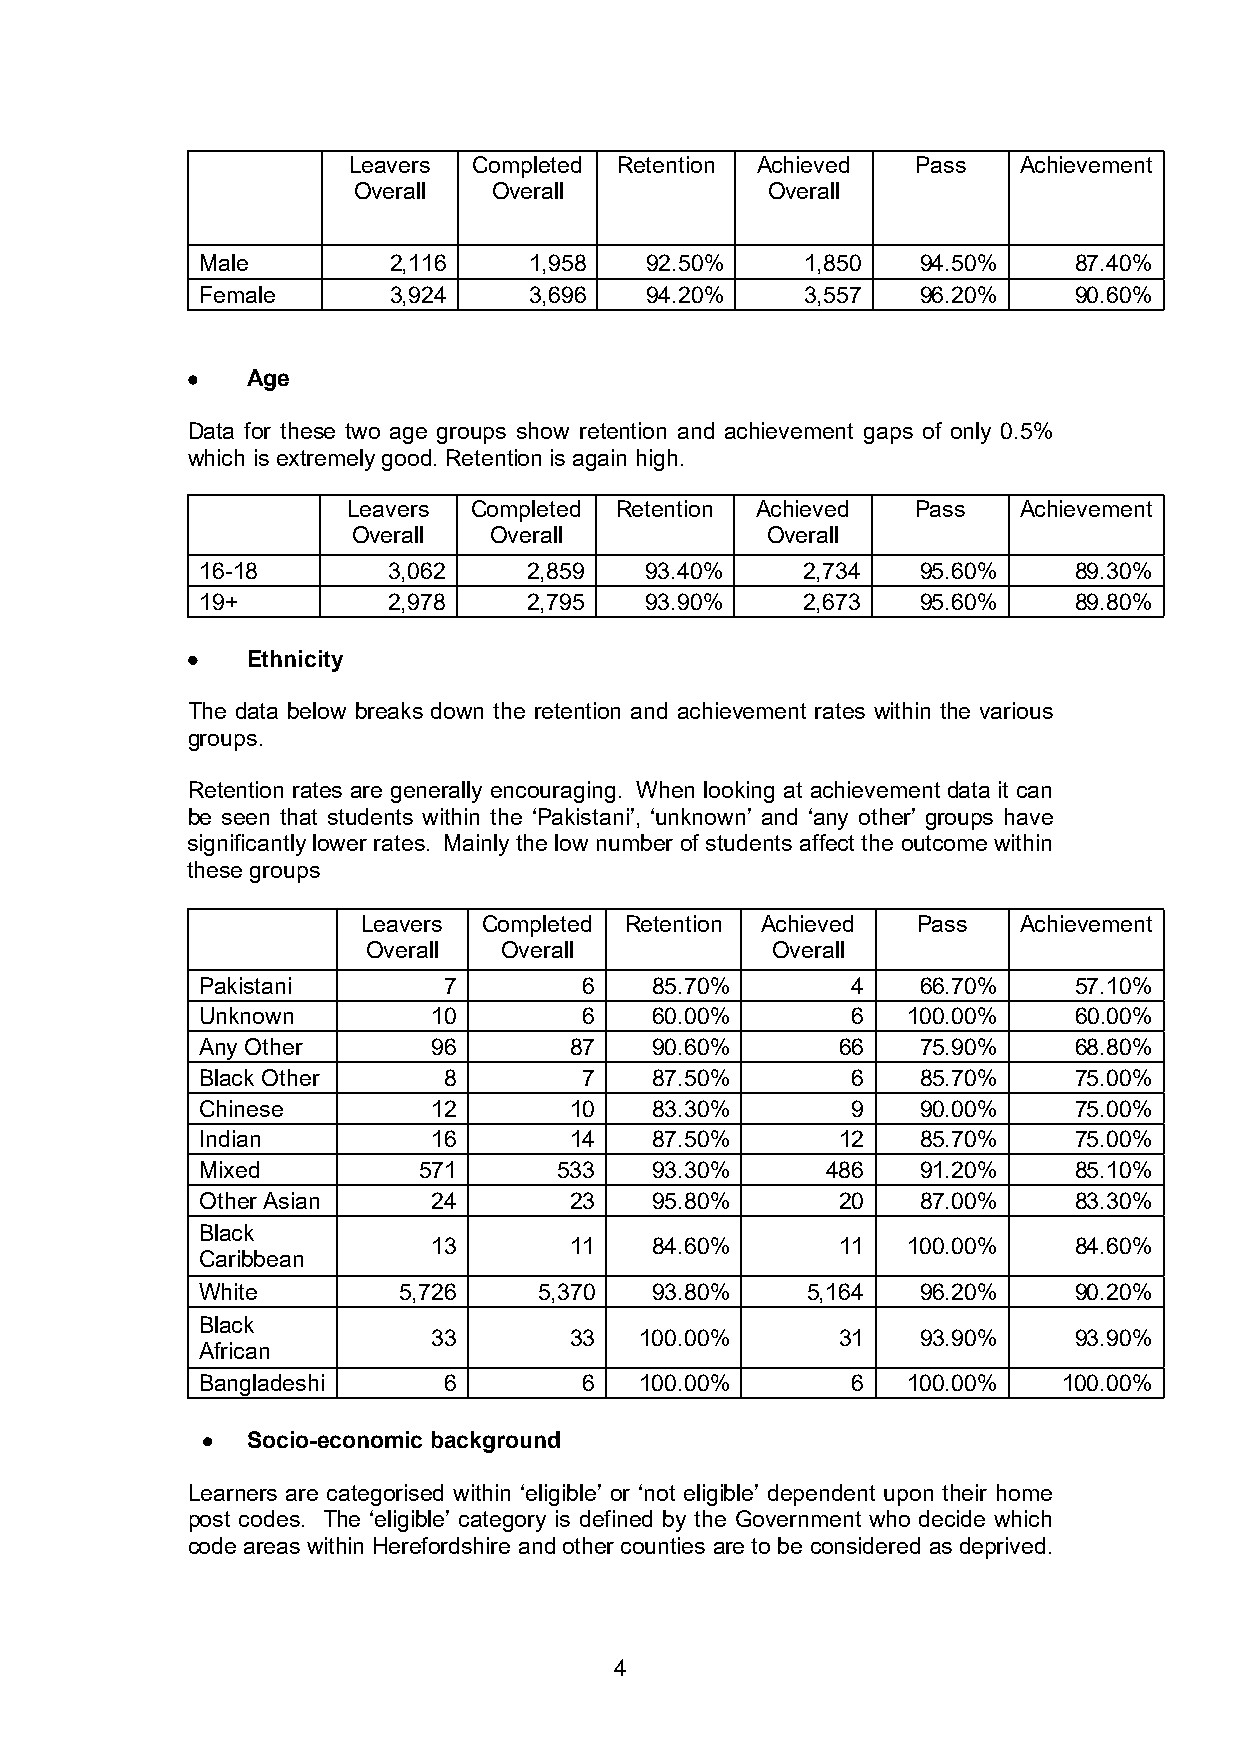
Leavers Completed Retention Achieved  Pass  Achievement
 Overall   Overall           Overall
 Male         2,116    1,958   92.50%    1,850   94.50%    87.40%
 Female       3,924    3,696   94.20%    3,557   96.20%    90.60%
 •   Age
 Data for these two age groups show retention and achievement gaps of only 0.5%
 which is extremely good. Retention is again high.
 Leavers Completed Retention Achieved  Pass  Achievement
 Overall  Overall            Overall
 16-18        3,062    2,859   93.40%    2,734   95.60%    89.30%
 19+          2,978    2,795   93.90%    2,673   95.60%    89.80%
 •   Ethnicity
 The data below breaks down the retention and achievement rates within the various
 groups.
 Retention rates are generally encouraging. When looking at achievement data it can
 be seen that students within the ‘Pakistani’, ‘unknown’ and ‘any other’ groups have
 significantly lower rates. Mainly the low number of students affect the outcome within
 these groups
 Leavers Completed Retention Achieved Pass  Achievement
 Overall  Overall           Overall
 Pakistani       7         6   85.70%       4    66.70%    57.10%
 Unknown         10        6   60.00%       6   100.00%    60.00%
 Any Other       96       87   90.60%      66    75.90%    68.80%
 Black Other     8         7   87.50%       6    85.70%    75.00%
 Chinese         12       10   83.30%       9    90.00%    75.00%
 Indian          16       14   87.50%      12    85.70%    75.00%
 Mixed          571      533   93.30%      486   91.20%    85.10%
 Other Asian     24       23   95.80%      20    87.00%    83.30%
 Black
 13       11   84.60%      11   100.00%    84.60%
 Caribbean
 White        5,726     5,370  93.80%    5,164   96.20%    90.20%
 Black
 33       33  100.00%      31    93.90%    93.90%
 African
 Bangladeshi     6         6  100.00%       6   100.00%   100.00%
 •  Socio-economic background
 Learners are categorised within ‘eligible’ or ‘not eligible’ dependent upon their home
 post codes. The ‘eligible’ category is defined by the Government who decide which
 code areas within Herefordshire and other counties are to be considered as deprived.
 4